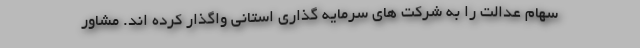
سهام عدالت را به شرکت های سرمایه گذاری استانی واگذار کرده اند. مشاور